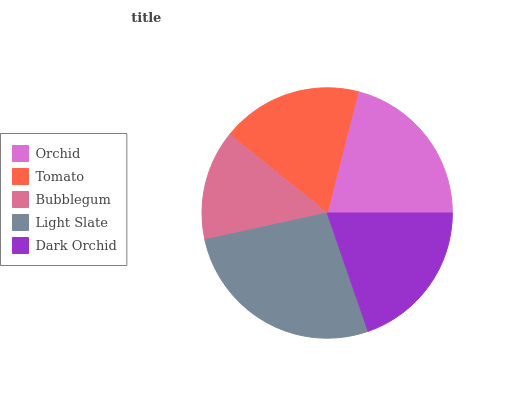
| Orchid | Tomato | Bubblegum | Light Slate | Dark Orchid |
 | --- | --- | --- | --- | --- |
 | 21% | 18.1% | 14.2% | 26.9% | 19.7% |